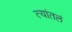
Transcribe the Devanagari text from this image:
त्यांतलं